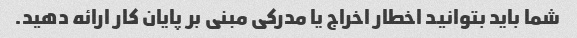
شما باید بتوانید اخطار اخراج یا مدرکی مبنی بر پایان کار ارائه دهید.